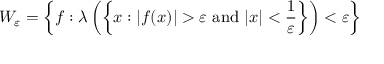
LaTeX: W _ { \varepsilon } = \left\{ f : \lambda \left( \left\{ x : | f ( x ) | > \varepsilon { \mathrm { ~ a n d ~ } } | x | < { \frac { 1 } { \varepsilon } } \right\} \right) < \varepsilon \right\}